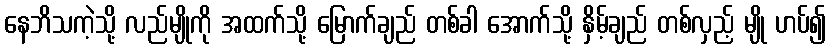
နေဘိသကဲ့သို့ လည်မျိုကို အထက်သို့ မြောက်ချည် တစ်ခါ အောက်သို့ နှိမ့်ချည် တစ်လှည့် မျို ဟပ်၍